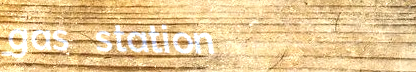
gas station